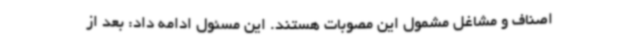
اصناف و مشاغل مشمول این مصوبات هستند. این مسئول ادامه داد: بعد از